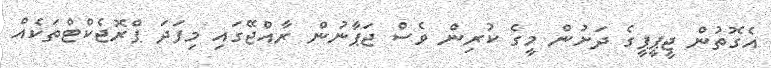
އެގޮތުން ޖީޕީޕީގެ ދަށުން މީގެ ކުރިން ވެސް ޖަޕާނުން ރާއްޖޭގައި މިފަދަ ޕްރޮޖެކްޓްތަކެއް